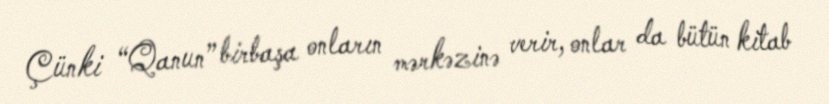
Çünki “Qanun” birbaşa onların mərkəzinə verir, onlar da bütün kitab